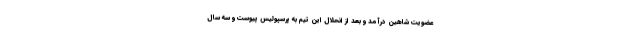
عضویت شاهین درآمد و بعد از انحلال این تیم به پرسپولیس پیوست و سه سال